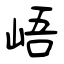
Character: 峿